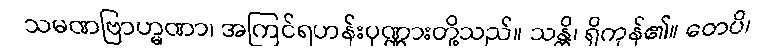
သမဏဗြာဟ္မဏာ၊ အကြင်ရဟန်းပုဏ္ဏားတို့သည်။ သန္တိ၊ ရှိကုန်၏။ တေပိ၊